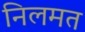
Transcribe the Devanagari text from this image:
निलमत